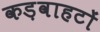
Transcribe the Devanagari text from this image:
कड़वाहटों